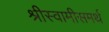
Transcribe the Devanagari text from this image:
श्रीस्वामीसमर्थ